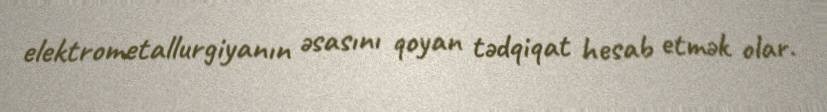
elektrometallurgiyanın əsasını qoyan tədqiqat hesab etmək olar.